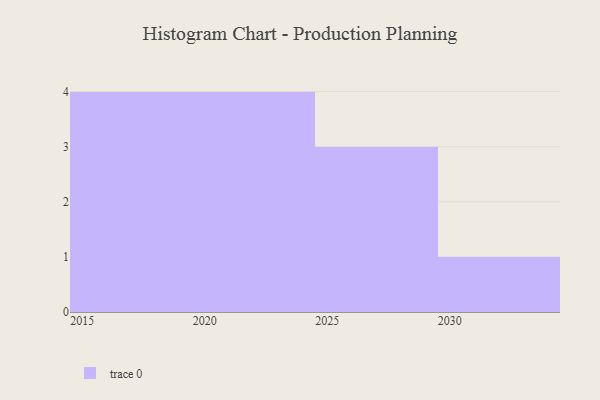
{"axis": {"x": "Year", "y": "Tickets Resolved"}, "legend": [""], "data": [{"x": "2022", "y": 37, "type": ""}, {"x": "2021", "y": 37, "type": ""}, {"x": "2016", "y": 11, "type": ""}, {"x": "2018", "y": 86, "type": ""}, {"x": "2027", "y": 54, "type": ""}, {"x": "2024", "y": 93, "type": ""}, {"x": "2017", "y": 21, "type": ""}, {"x": "2030", "y": 22, "type": ""}, {"x": "2028", "y": 30, "type": ""}, {"x": "2015", "y": 43, "type": ""}, {"x": "2029", "y": 82, "type": ""}, {"x": "2020", "y": 21, "type": ""}]}